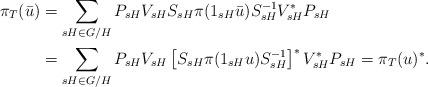
LaTeX: \begin{align*}\pi_T(\bar{u})&=\sum_{sH\in G/H}P_{sH}V_{sH}S_{sH}\pi(1_{sH}\bar{u})S_{sH}^{-1}V_{sH}^*P_{sH} \\&=\sum_{sH\in G/H}P_{sH}V_{sH}\left[S_{sH}\pi(1_{sH}u)S_{sH}^{-1}\right]^*V_{sH}^*P_{sH}=\pi_T(u)^*.\end{align*}